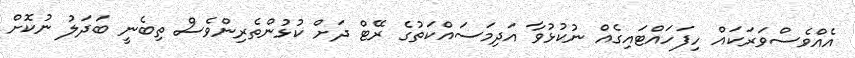
އެއްވެސްވަރަކައް ހިފަހައްޓައިގެއް ނުކުޅުވާ އަދިމަސައްކަތުގެ ރޭޓް ދަށް ކުޅުންތެރިންވެސް ތިބެނީ ބަދަލު ނުކޮށް